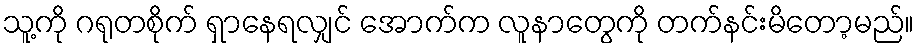
သူ့ကို ဂရုတစိုက် ရှာနေရလျှင် အောက်က လူနာတွေကို တက်နင်းမိတော့မည်။